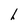
Character: h